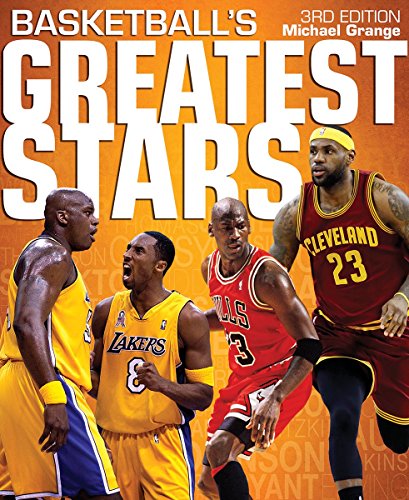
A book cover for Basketball's Greatest Stars; Michael Grange; Biographies & Memoirs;